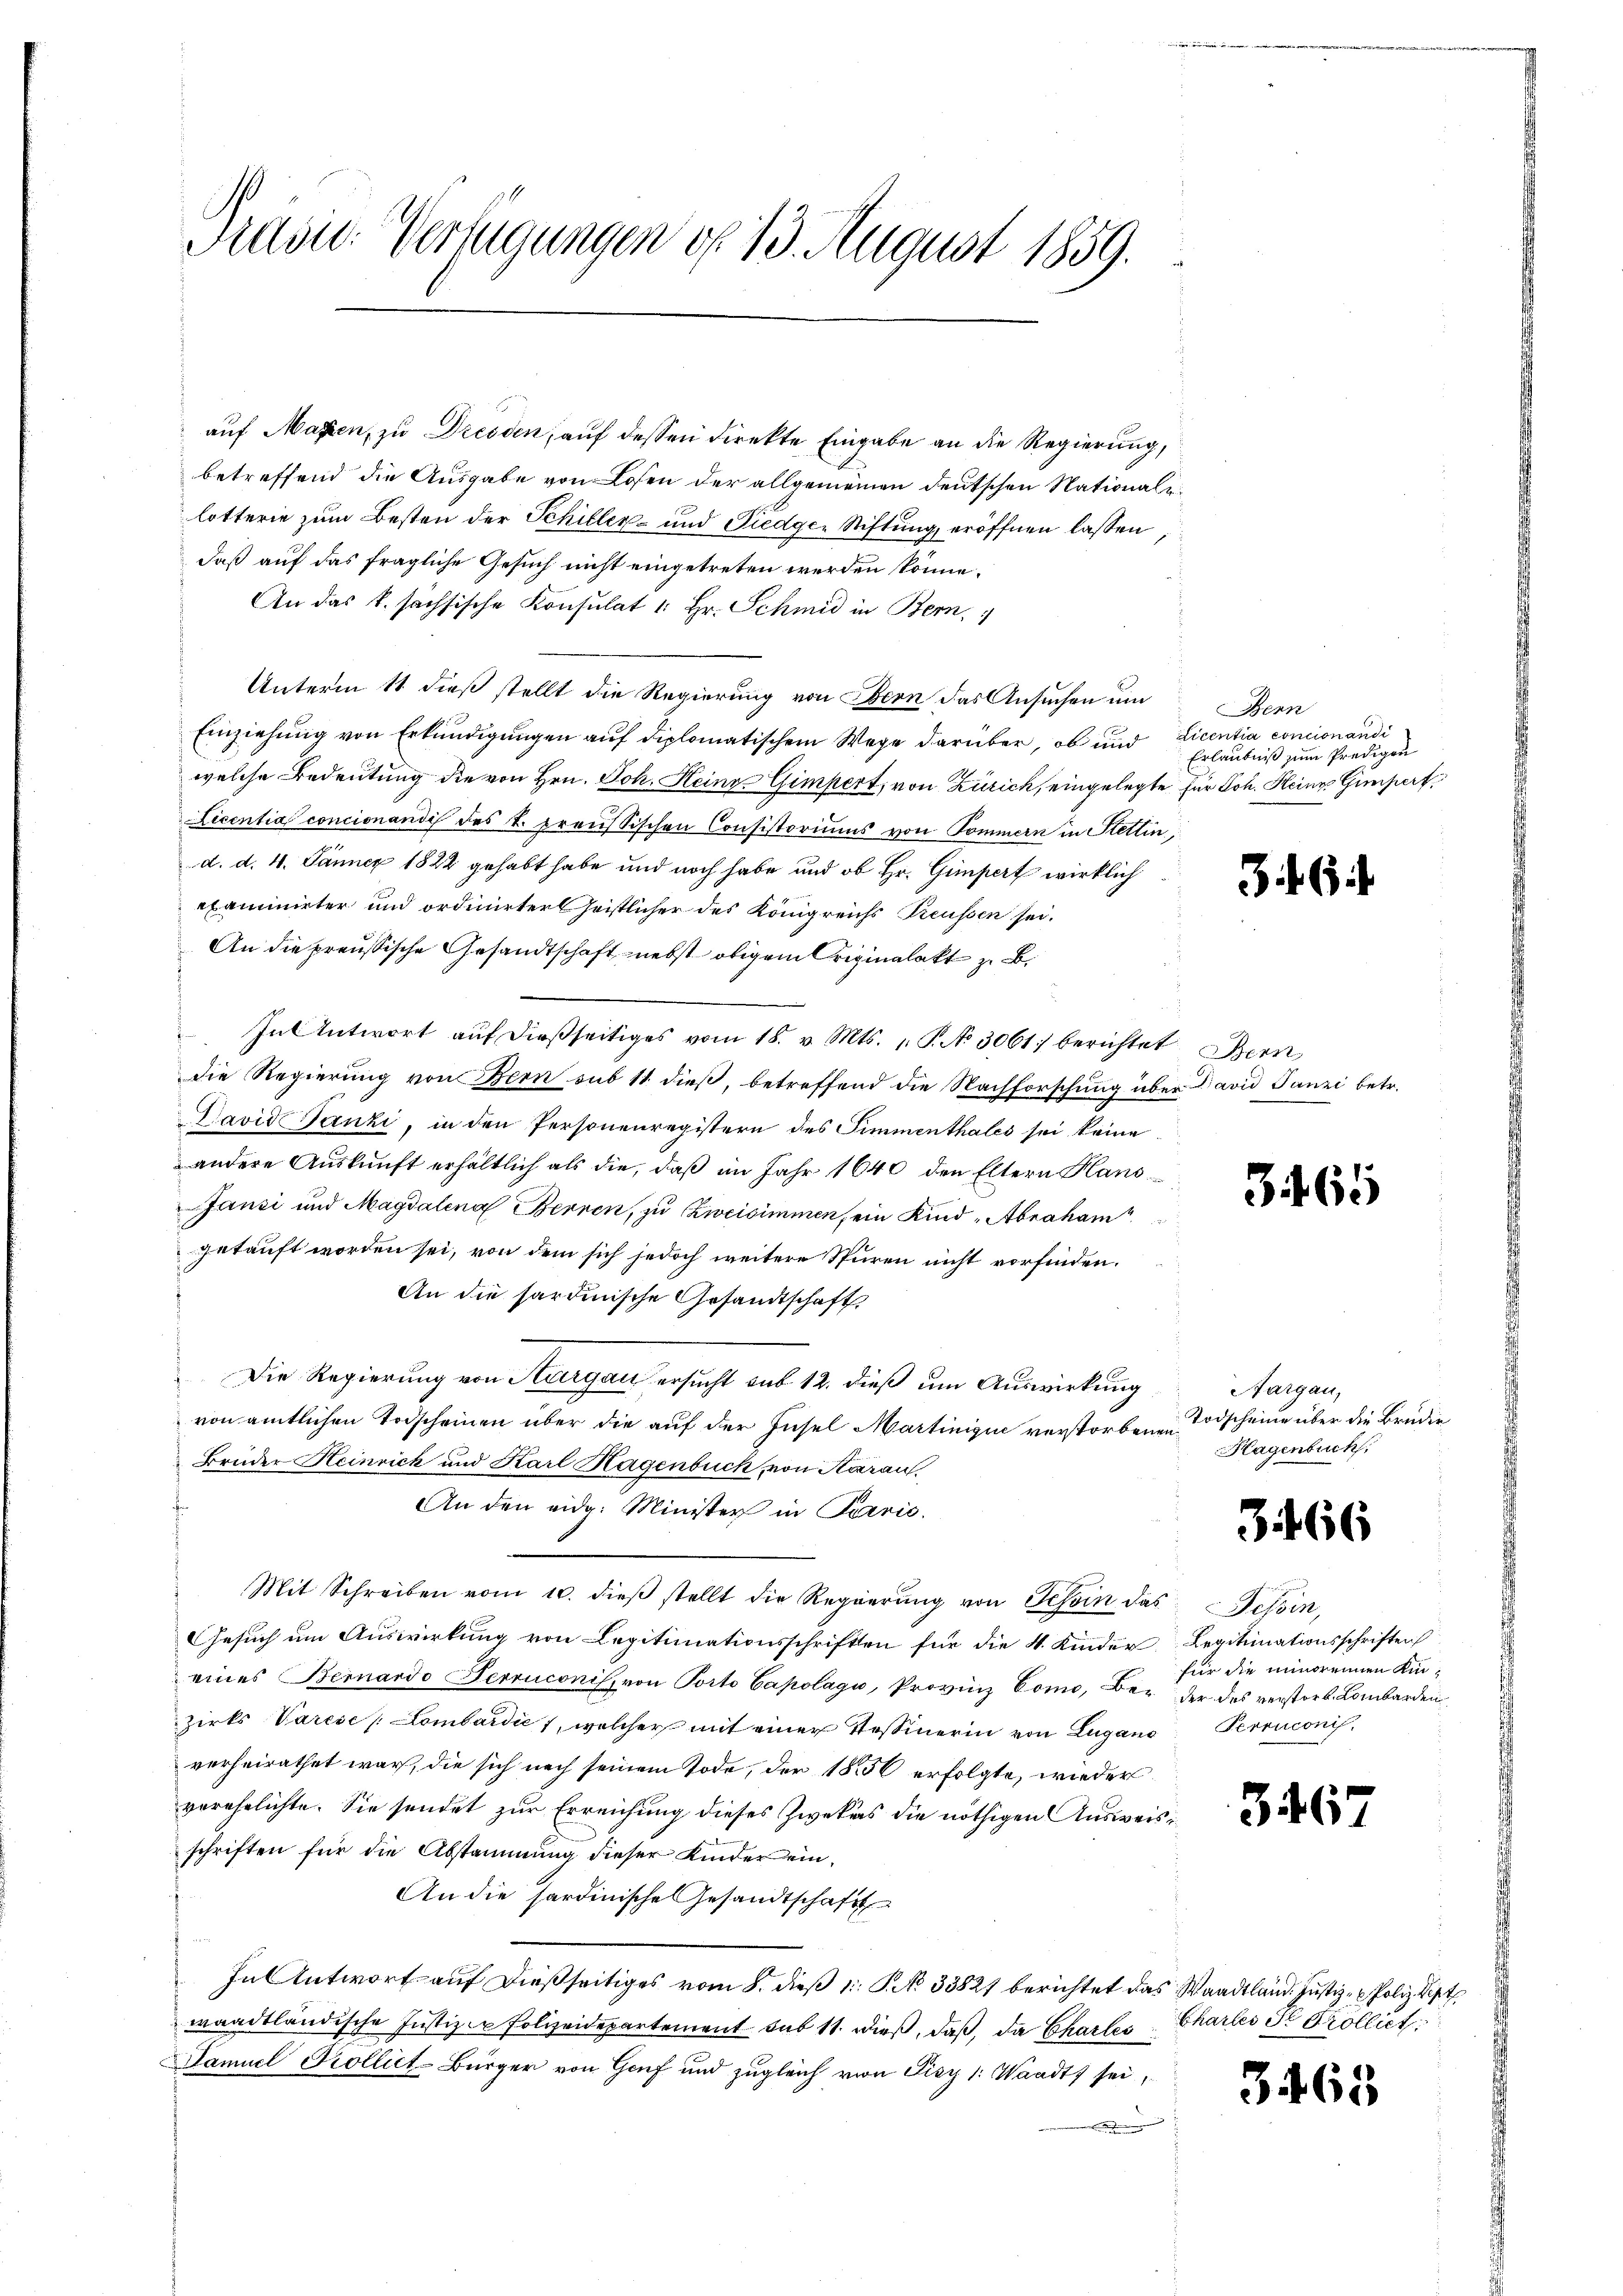
Rasic: Verfügungen d. 13. August 1859.

auf Marien, zu Dresden, auf dessen direkte Eingabe an die Regierung,
betreffend die Ausgabe von Losen der allgemeinen deutschen Nationaleilotterie zum Besten der Schiller- und Fiedge-Stiftung eröffnen lassen,
daß auf das fragliche Gesuch nicht eingetreten werden könne.
An das k. sachsische Konsulat 1: Hr. Schmid in Bern,
Unterm 11. dieß stellt die Regierung von Obern das Ansuchen um
Einziehung von Erkundigungen auf diplomatischem Wege darüber, ob und
welche Bedeutung die von Hrn. Joh. Heine Gimpert, von Zürich, eingelegte für Joh. Heine Gimpert
Licentia concionandis des k. preussischen Consistoriums von Pommern in Stettin,
d. d. 4. Jänner 1822 gehabt habe und noch habe und ob Hr. Gimpert wirklich
examinirter und ordinirter Geistlicher des Königreichs Preussen sei.
An die preussische Gesandtschaft nebst obigem Originalakt z. B.
In Antwort aŭf dießseitiges vom 18. v. Mts. 1. P. No 3061. berichtet Bern
die Regierung von Bern sub 11 dieß, betreffend die Nachforschung über David Tanzi betr.
avid Tanzi, in den Personenregistern des Simmenthales sei keine
andere Auskunft erhältlich als die, daß im Jahr 1640 den Eltern Hans
Jansi und Magdalena Bernen, zu Zweisimmen, ein Kind „Abraham
getauft worden sei, von dem sich jedoch weitere Spuren nicht vorfinden.
An die hardinische Gesandtschaft
Die Regierung von Sturgau ersucht sub 12. dieß um Auswirkung
von amtlichen Todscheinen über die auf der Insel Martinique verstorbenen Todscheine über die Brudie
Brüder Heinrich und Karl Hagenbuch, von Aarau.
An den eidg. Minister in Parrić.
Mit Schreiben vom 10. dieβ stellt die Regierŭng von Tessin das Tessin,
Gesuch um Auswirkung von Legitimationsschriften für die 4. Kinder Legitimationsschriften
eines Bernardo Ferruconis, von Porto Capolagi, Provinz Como, Be- der des verstorb. Lombarden
zirks Varese Lombardić, welcher mit einer Tessinerin von Lugano
verheirathet war, die sich nach seinem Tode, der 1856 erfolgte, wieder
verehelichte. Sie sendet zur Erreichung dieses Zwekurs die nöthigen Ausweisschriften für die Abstammung dieser Kinder ein¬
An die Sardinische Gesandtschaft
In Antwort auf dießseitiges vom 8. dieß 1 S. 33827 berichtet das Waadtländ. Justiz- & Poliz. Sept
waadtländische Justiz - Polizeidepartement sub 11. dieß, daß, da Chartes Chartes de Prolliet
Samuel Kollict-Bürger von Genf und zugleich von Fisy /: Waadt sei,
.

Bern
Licentia concion andi
Erlaubniß zum Predigen

346

365

Aargau,
Hagenbuch.

3466

für die innorennen ein¬
Perruconi

3467

3465